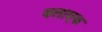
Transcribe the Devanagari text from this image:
क्लाएक